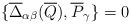
LaTeX: \begin{align*}\{ \overline{\Delta}_{\alpha \beta }(\overline{Q}),\overline{P}_\gamma \} = 0\end{align*}